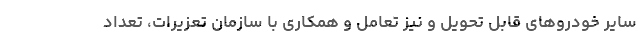
سایر خودروهای قابل تحویل و نیز تعامل و همکاری با سازمان تعزیرات، تعداد